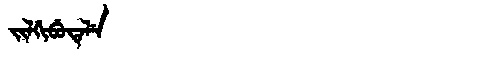
Manchu: ᠵᡳᠯᡤᡳᠪᡠᡨᡝᠯᡝ
Romanization: JILGIBUTELE